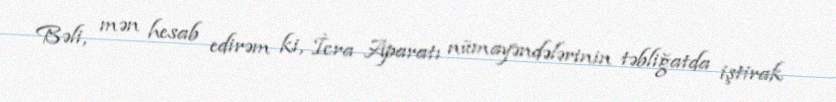
Bəli, mən hesab edirəm ki, İcra Aparatı nümayəndələrinin təbliğatda iştirak